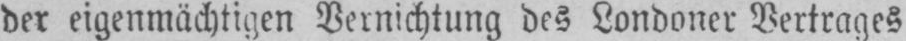
der eigenmächtigen Vernichtung des Londoner Vertrages